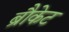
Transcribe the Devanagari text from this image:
ब्रौकेट